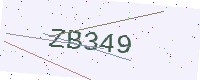
Text: ZB349